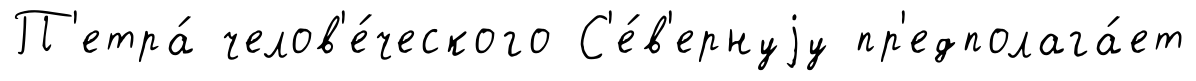
П'етра́ челов'е́ческого С'е́в'ернуjу пр'едполага́ет